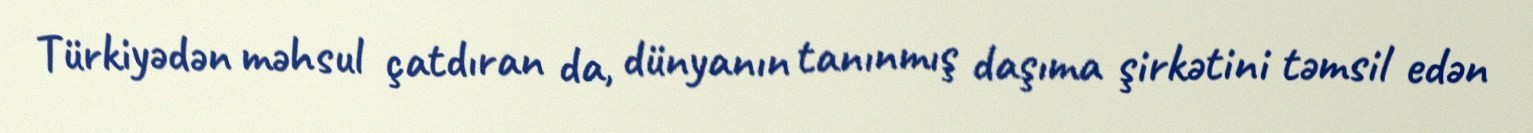
Türkiyədən məhsul çatdıran da, dünyanın tanınmış daşıma şirkətini təmsil edən